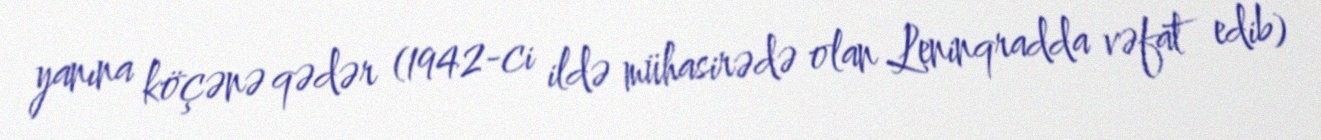
yanına köçənə qədər (1942-ci ildə mühasirədə olan Leninqradda vəfat edib)